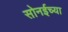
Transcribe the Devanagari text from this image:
सोनईच्या